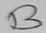
Text: B